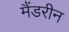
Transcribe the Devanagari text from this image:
मैंडरीन